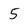
Character: 5